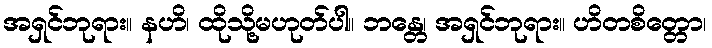
အရှင်ဘုရား။ နဟိ၊ ထိုသို့မဟုတ်ပါ။ ဘန္တေ၊ အရှင်ဘုရား။ ဟိတစိတ္တော၊